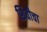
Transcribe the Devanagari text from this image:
शिवीचा